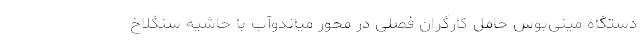
دستگاه مینی‌بوس حامل کارگران فصلی در محور میاندوآب با حاشیه سنگلاخ